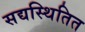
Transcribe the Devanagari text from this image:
सद्यस्थितित